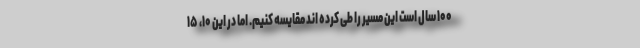
۱۰۰ سال است این مسیر را طی کرده اند مقایسه کنیم. اما در این ۱۰، ۱۵